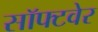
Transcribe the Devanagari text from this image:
सॉफ्‍टवेर